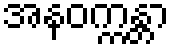
အနဝက္ကန္တာ